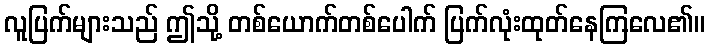
လူပြက်များသည် ဤသို့ တစ်ယောက်တစ်ပေါက် ပြက်လုံးထုတ်နေကြလေ၏။